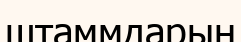
штаммдарын